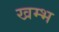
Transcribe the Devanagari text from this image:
खम्‍भ